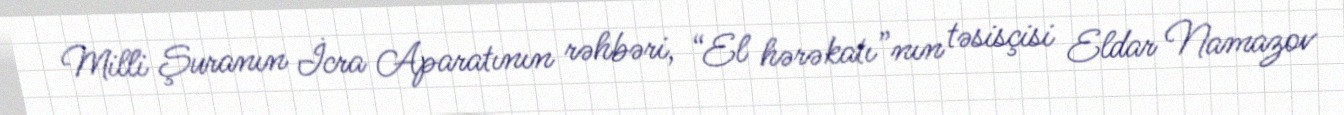
Milli Şuranın İcra Aparatının rəhbəri, “El hərəkatı”nın təsisçisi Eldar Namazov